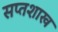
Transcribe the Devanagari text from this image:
सप्तशाख